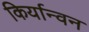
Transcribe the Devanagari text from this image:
किर्यान्वन